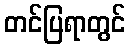
တင်ပြရာတွင်